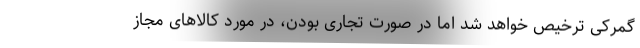
گمرکی ترخیص خواهد شد اما در صورت تجاری بودن، در مورد کالاهای مجاز